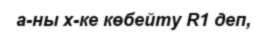
а-ны x-ке көбейту R1 деп,